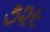
૭૨૯